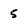
Character: 5